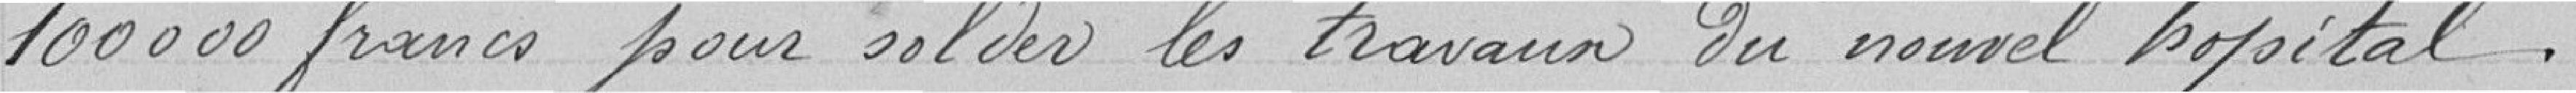
100000 francs pour solder les travaux du nouvel hôpital.